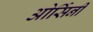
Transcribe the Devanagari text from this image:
ओर्सिनी